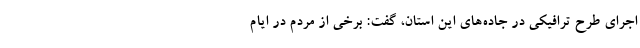
اجرای طرح ترافیکی در جاده‌های این استان، گفت: برخی از مردم در ایام